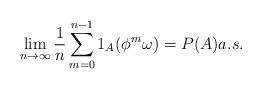
LaTeX: \begin{align*}\lim_{n\to\infty}\frac{1}{n} \sum_{m=0}^{n-1} 1_A(\phi^m\omega )= P(A) a.s. \end{align*}